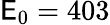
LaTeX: \mathsf{E}_{0}=403